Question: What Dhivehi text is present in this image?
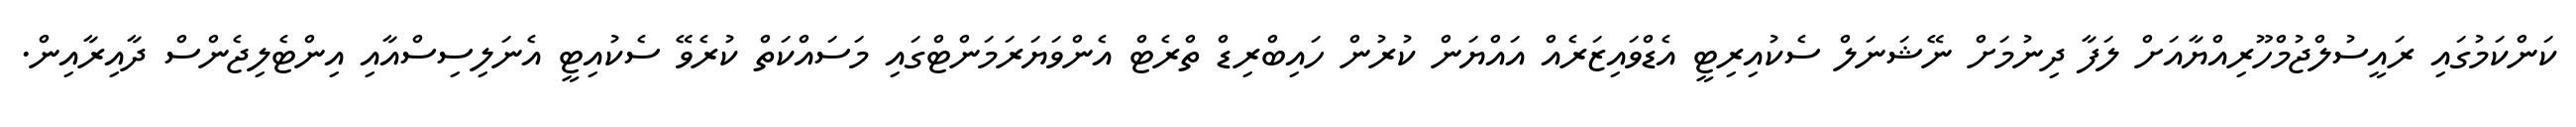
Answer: ކަންކަމުގައި ރައީސުލްޖުމްހޫރިއްޔާއަށް ލަފާ ދިނުމަށް ނޭޝަނަލް ސެކުއިރިޓީ އެޑްވައިޒަރެއް އައްޔަން ކުރުން ހައިބްރިޑް ތްރެޓް އެންވަޔަރަމަންޓްގައި މަސައްކަތް ކުރެވޭ ސެކުއިޓީ އެނަލިސިސްއާއި އިންޓެލިޖެންސް ދާއިރާއިން.